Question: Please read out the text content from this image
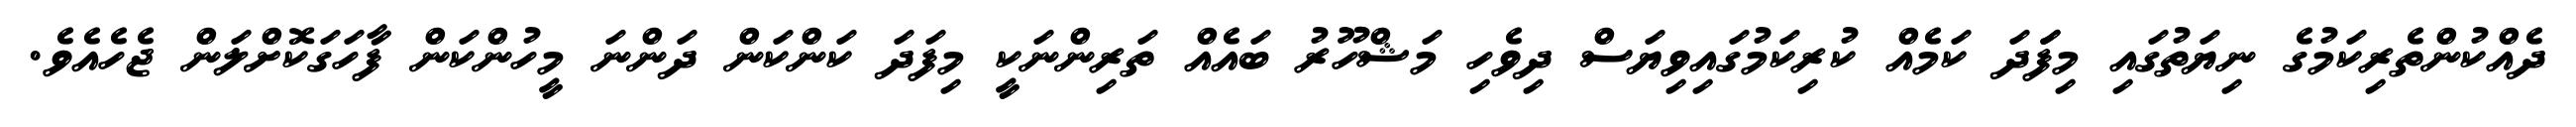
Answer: ދެއްކުންތެރިކަމުގެ ނިޔަތުގައި މިފަަދަ ކަމެއް ކުރިކަމުގައިވިޔަސް ދިވެހި މަޝްހޫރު ބައެއް ތަރިންނަކީ މިފަދަ ކަންކަން ދަންނަ މީހުންކަން ފާހަގަކޮށްލަން ޖެހެއެވެ.